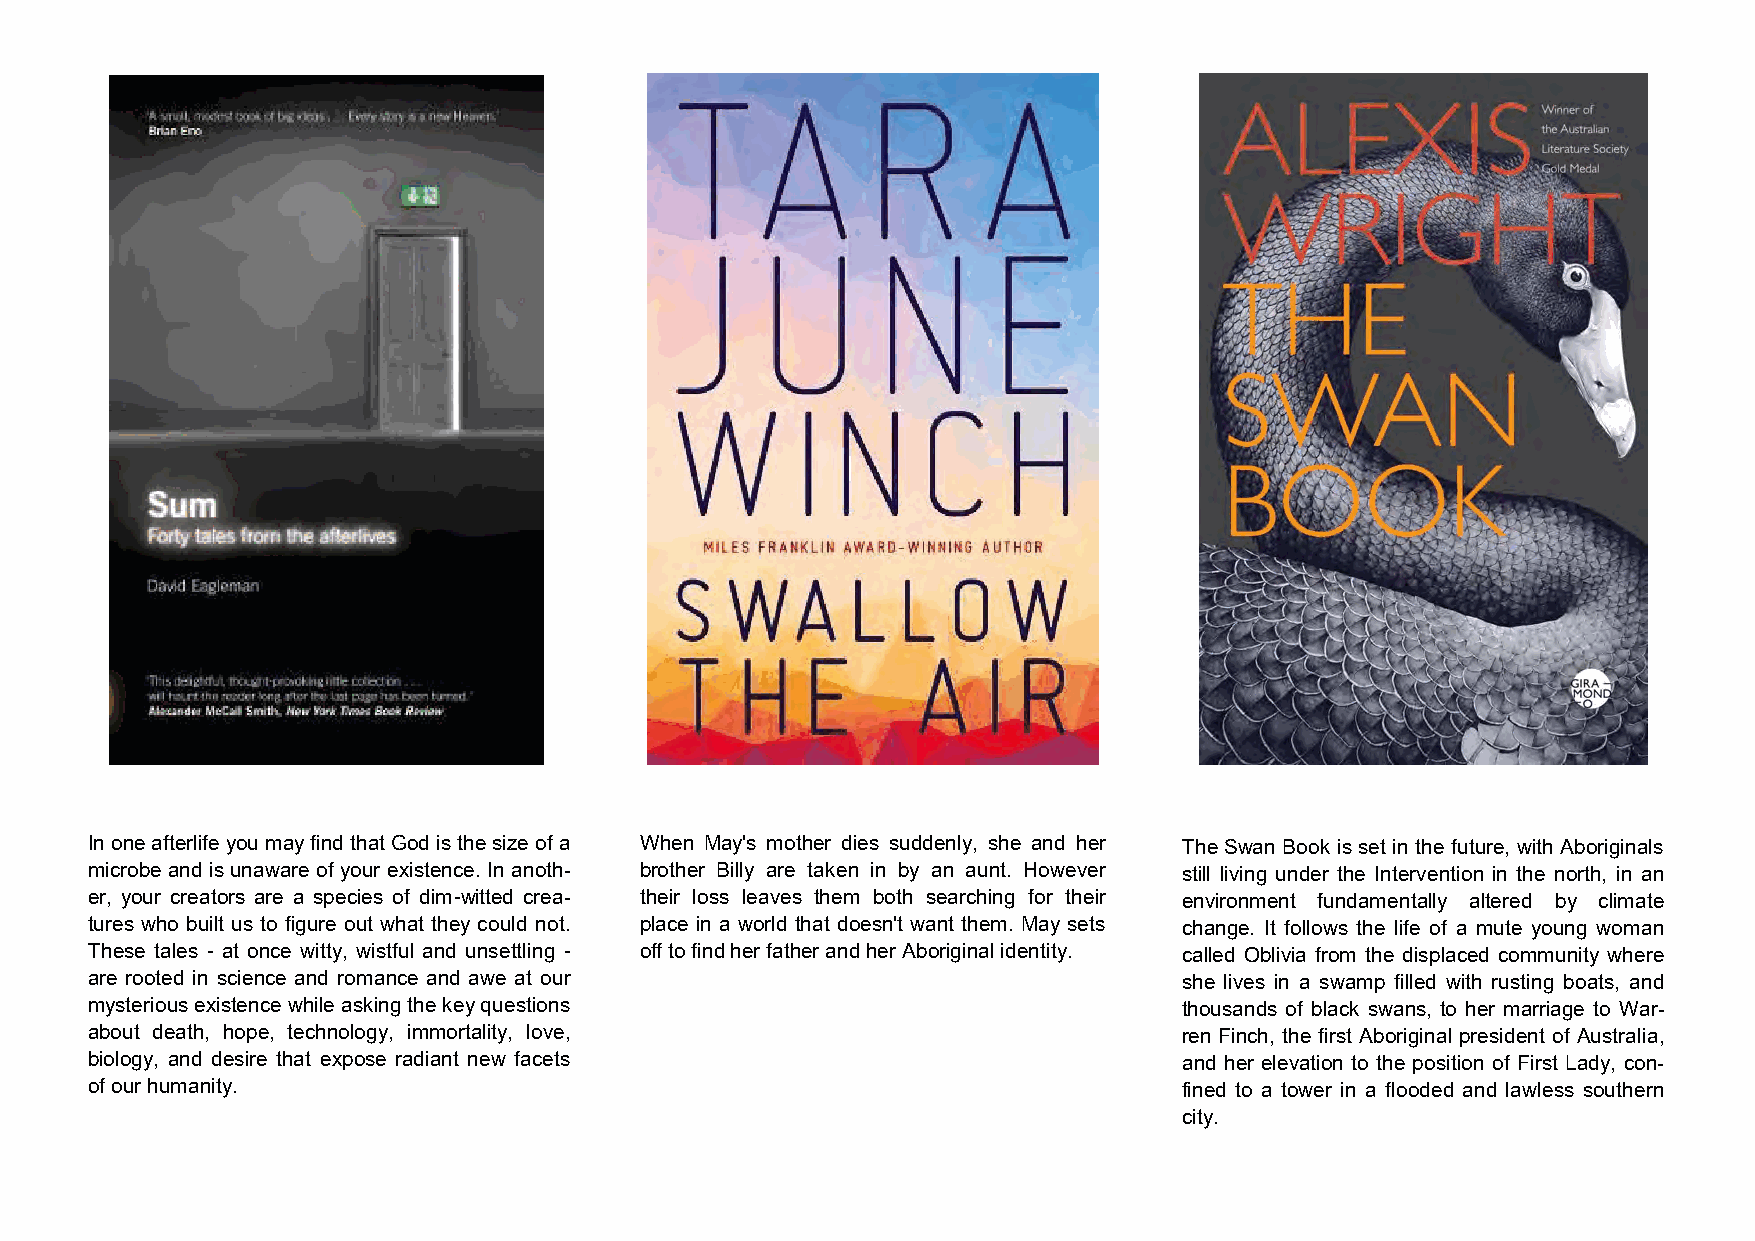
In one afterlife you may find that God is the size of a When May's mother dies suddenly, she and her The Swan Book is set in the future, with Aboriginals
 microbe and is unaware of your existence. In anoth- brother Billy are taken in by an aunt. However still living under the Intervention in the north, in an
 er, your creators are a species of dim-witted crea- their loss leaves them both searching for their environment fundamentally altered by climate
 tures who built us to figure out what they could not. place in a world that doesn't want them. May sets change. It follows the life of a mute young woman
 These tales - at once witty, wistful and unsettling - off to find her father and her Aboriginal identity. called Oblivia from the displaced community where
 are rooted in science and romance and awe at our                        she lives in a swamp filled with rusting boats, and
 mysterious existence while asking the key questions                     thousands of black swans, to her marriage to War-
 about death, hope, technology, immortality, love,                       ren Finch, the first Aboriginal president of Australia,
 biology, and desire that expose radiant new facets                      and her elevation to the position of First Lady, con-
 of our humanity.                                                        fined to a tower in a flooded and lawless southern
 city.